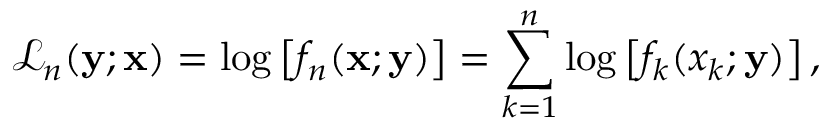
\mathcal { L } _ { n } ( \mathbf { y } ; \mathbf { x } ) = \log \left[ f _ { n } ( \mathbf { x } ; \mathbf { y } ) \right] = \sum _ { k = 1 } ^ { n } \log \left[ f _ { k } ( x _ { k } ; \mathbf { y } ) \right] ,